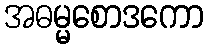
အဓမ္မစောဒကော